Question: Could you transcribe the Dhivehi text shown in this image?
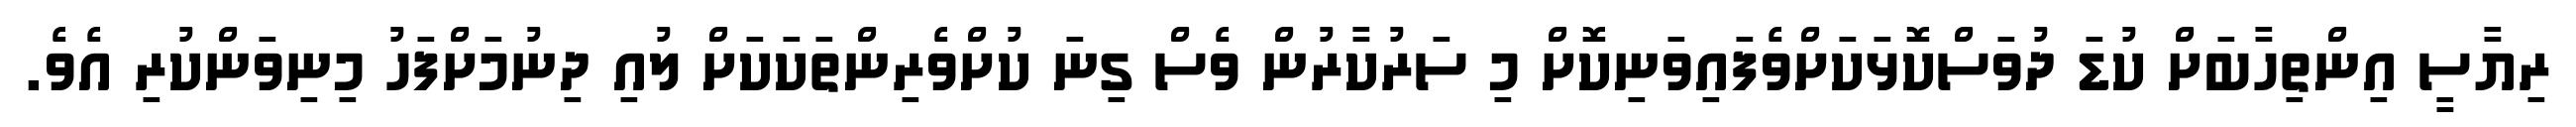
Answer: ރިޔާސީ އިންތިހާބަށް ކުޑަ ދުވަސްކޮޅަކަށްވެފައިވަނިކޮށް މި ސަރުކާރުން ވެސް ގިނަ ކުށްވެރިންތަކަކަށް ލުއި ދިނުމަށްފަހު މިނިވަންކުރި އެވެ.